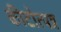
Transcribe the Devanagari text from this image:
कीटोत्पन्न